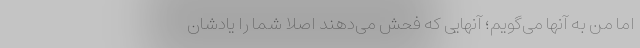
اما من به آنها می‌گویم؛ آنهایی که فحش می‌دهند اصلاً شما را یادشان